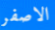
الاصفر